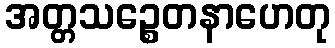
အတ္တသဉ္စေတနာဟေတု